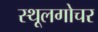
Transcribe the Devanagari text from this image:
स्थूलगोचर